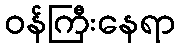
ဝန်ကြီးနေရာ